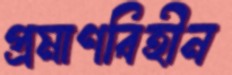
প্রমাণবিহীন